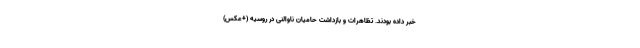
خبر داده بودند. تظاهرات و بازداشت حامیان ناوالنی در روسیه (+عکس)